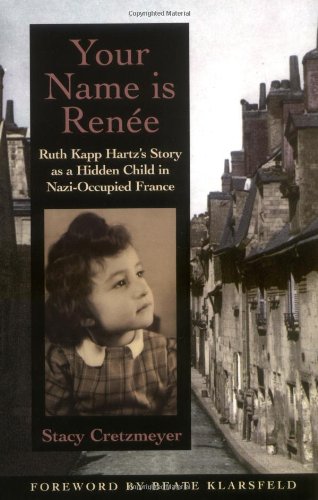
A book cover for Your Name Is RenÃ©e: Ruth Kapp Hartz's Story as a Hidden Child in Nazi-Occupied France; Stacy Cretzmeyer; Children's Books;